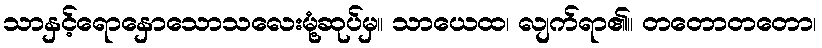
သာနှင့်ရောနှောသောသလေးမုံ့ဆုပ်မှ။ သာယေထ၊ လျက်ရာ၏။ တတောတတော၊